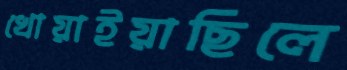
খোয়াইয়াছিলে